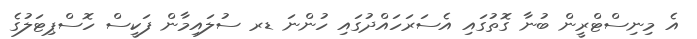
އެ މިނިސްޓްރީން ބުނާ ގޮތުގައި އެސަރަހައްދުގައި ހުންނަ ޑރ ސުލައިމާން ފަކީސް ހޮސްޕިޓަލުގެ